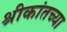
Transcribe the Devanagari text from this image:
श्रीकांतच्या